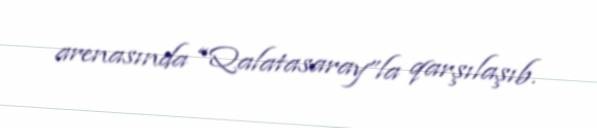
arenasında “Qalatasaray”la qarşılaşıb.